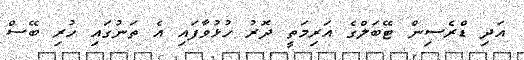
އަދި ޑްރެސިން ޓޭބަލްގެ އަރިމަތީ ދޮރު ހުޅުވާފައި އެ ތަނުގައި ހުރި ބޭސް